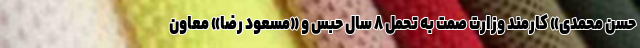
حسن محمدی» کارمند وزارت صمت به تحمل ۸ سال حبس و «مسعود رضا» معاون